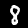
Digit: 8